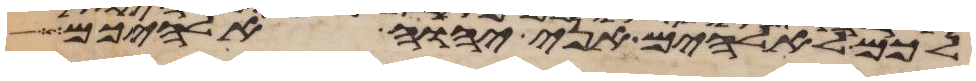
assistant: לכם לאלהים אני יהוה אלהיכם